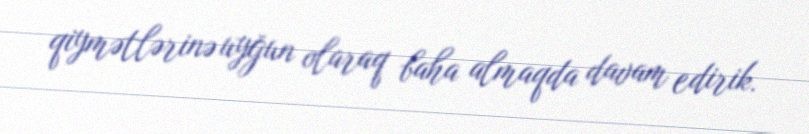
qiymətlərinə uyğun olaraq baha almaqda davam edirik.